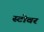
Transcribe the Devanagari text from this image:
स्टोवर